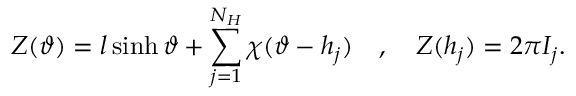
Z ( \vartheta ) = l \sinh \vartheta + \displaystyle \sum _ { j = 1 } ^ { N _ { H } } \chi ( \vartheta - h _ { j } ) \quad , \quad Z ( h _ { j } ) = 2 \pi I _ { j } .